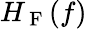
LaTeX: H_{\mathrm{~F~}}(f)